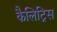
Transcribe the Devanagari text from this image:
कैलिट्रिस